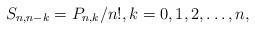
LaTeX: \begin{align*} S_{n,n-k} = P_{n,k}/n!, k=0,1,2,\dots,n, \end{align*}